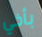
بأخي